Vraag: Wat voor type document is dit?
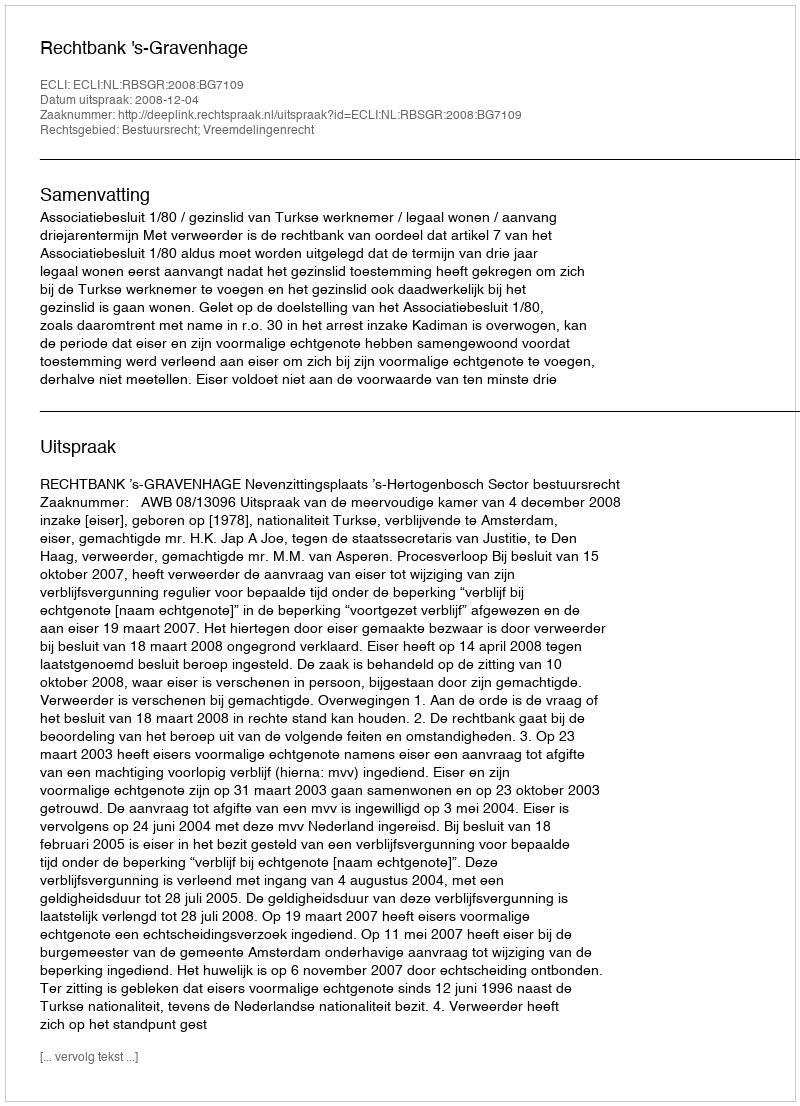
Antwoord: Uitspraak